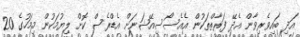
އަދި ބައިވެރިވާން އެދޭ ފަރާތްތަކުން އެއެސޯސިއޭޝަނަށް އެޑްރެސް ކޮށް ލިޔުމަކުން މިމަހުގެ 20